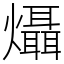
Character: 㸎